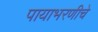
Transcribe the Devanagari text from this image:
पायाभरणीचे